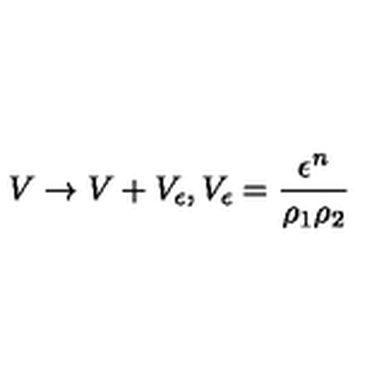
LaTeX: V \rightarrow V + V _ { \epsilon } , V _ { \epsilon } = \frac { \epsilon ^ { n } } { \rho _ { 1 } \rho _ { 2 } }